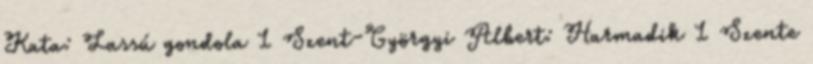
Kata: Lassú gondola 1 Szent-Györgyi Albert: Harmadik 1 Szente